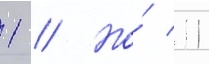
1 // Но́ 11